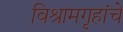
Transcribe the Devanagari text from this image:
विश्रामगृहांचे